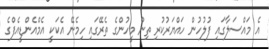
އެ މައްސަލާގައި ފުލުހުން ހައްޔަރުކުރި ތިން މީހުންގެ ތެރޭގައި ހިމެނޭ އެކަކީ އެމްއެންޑީއެފްގެ